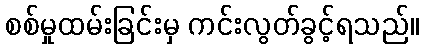
စစ်မှုထမ်းခြင်းမှ ကင်းလွတ်ခွင့်ရသည်။